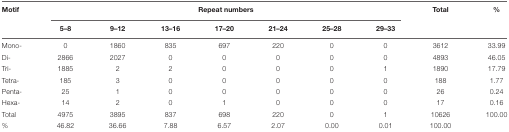
| Motif | <COLSPAN=7> Repeat numbers | Total | % |
 |  | 5–8 | 9–12 | 13–16 | 17–20 | 21–24 | 25–28 | 29–33 |  |  |
 | --- | --- | --- | --- | --- | --- | --- | --- | --- | --- |
 | Mono- | 0 | 1860 | 835 | 697 | 220 | 0 | 0 | 3612 | 33.99 |
 | Di- | 2866 | 2027 | 0 | 0 | 0 | 0 | 0 | 4893 | 46.05 |
 | Tri- | 1885 | 2 | 2 | 0 | 0 | 0 | 1 | 1890 | 17.79 |
 | Tetra- | 185 | 3 | 0 | 0 | 0 | 0 | 0 | 188 | 1.77 |
 | Penta- | 25 | 1 | 0 | 0 | 0 | 0 | 0 | 26 | 0.24 |
 | Hexa- | 14 | 2 | 0 | 1 | 0 | 0 | 0 | 17 | 0.16 |
 | Total | 4975 | 3895 | 837 | 698 | 220 | 0 | 1 | 10626 | 100.00 |
 | % | 46.82 | 36.66 | 7.88 | 6.57 | 2.07 | 0.00 | 0.01 | 100.00 |  |